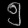
Digit: ၅